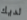
لديك